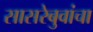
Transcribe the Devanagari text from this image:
सासरेबुवांचा